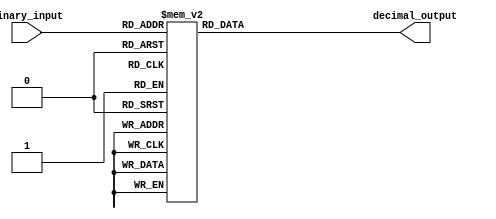
module decimal_decoder(
    input [3:0] binary_input, // 4-bit binary input signal
    output reg [9:0] decimal_output // 10-bit decimal output signal
);

always @(*) begin
    case(binary_input)
        4'b0000: decimal_output = 10'b0000000001; // Decimal 1
        4'b0001: decimal_output = 10'b0000000010; // Decimal 2
        4'b0010: decimal_output = 10'b0000000100; // Decimal 4
        4'b0011: decimal_output = 10'b0000001000; // Decimal 8
        4'b0100: decimal_output = 10'b0000010000; // Decimal 16
        4'b0101: decimal_output = 10'b0000100000; // Decimal 32
        4'b0110: decimal_output = 10'b0001000000; // Decimal 64
        4'b0111: decimal_output = 10'b0010000000; // Decimal 128
        4'b1000: decimal_output = 10'b0100000000; // Decimal 256
        4'b1001: decimal_output = 10'b1000000000; // Decimal 512
        default: decimal_output = 10'b0000000000; // Decimal 0
    endcase
end

endmodule